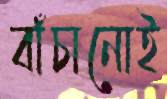
বাঁচানোই